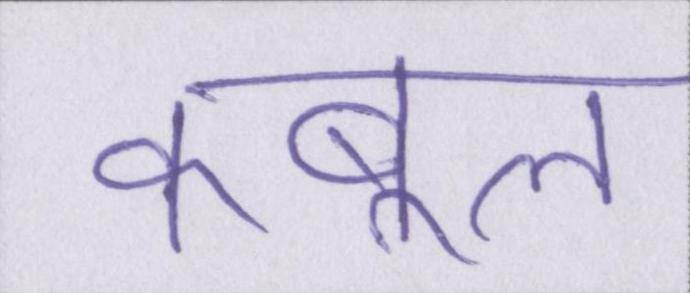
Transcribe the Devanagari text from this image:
कबूल